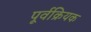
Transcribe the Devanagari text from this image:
पूर्वक्रियक